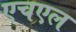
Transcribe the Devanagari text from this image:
एचएल